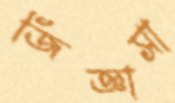
জিজ্ঞাসা